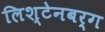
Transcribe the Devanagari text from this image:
लिश्टेनबर्ग